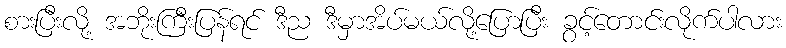
စားပြီးလို့ အဘိုးကြီးပြန်ရင် ဒီည ဒီမှာအိပ်မယ်လို့ပြောပြီး ခွင့်တောင်းလိုက်ပါလား